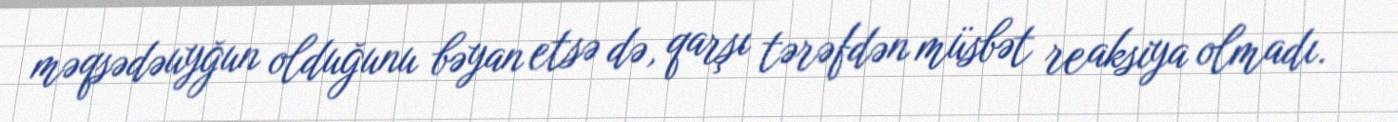
məqsədəuyğun olduğunu bəyan etsə də, qarşı tərəfdən müsbət reaksiya olmadı.